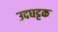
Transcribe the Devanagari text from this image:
उदघट्टक